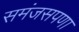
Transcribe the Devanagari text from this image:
समंजसपणा